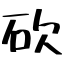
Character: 砍